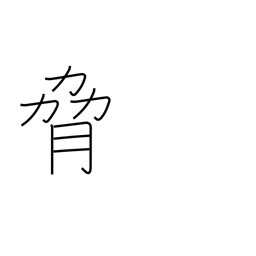
Meaning: coerce